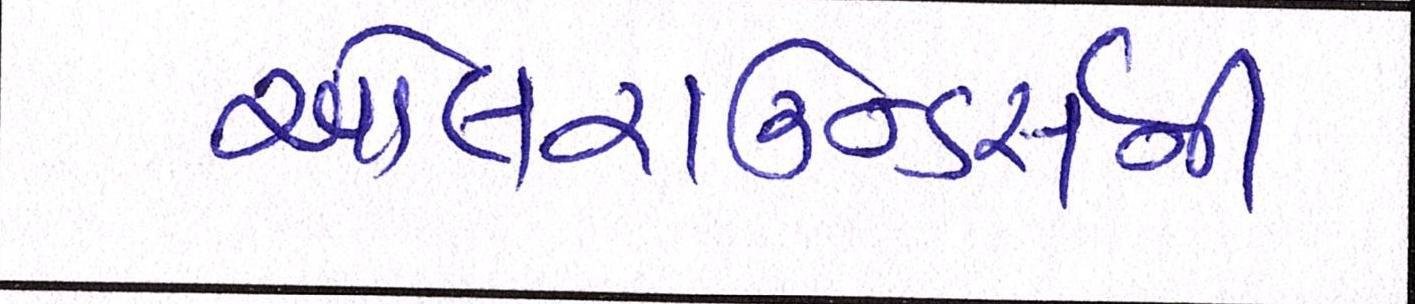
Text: ઓલરાઉન્ડર્સની